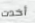
أخدت